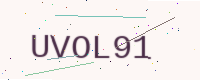
Text: UVOL91